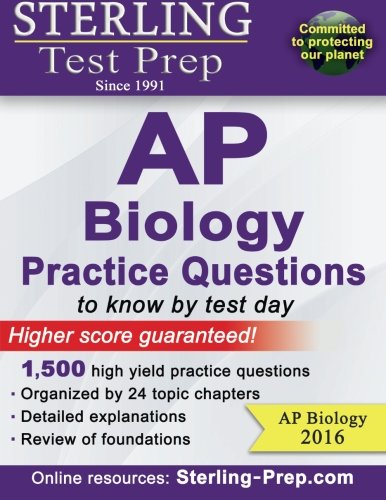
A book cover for Sterling AP Biology Practice Questions: High Yield AP Biology Questions; Sterling Test Prep; Test Preparation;